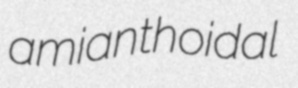
amianthoidal